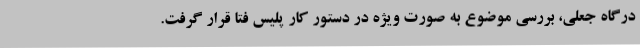
درگاه جعلی، بررسی موضوع به صورت ویژه در دستور کار پلیس فتا قرار گرفت.